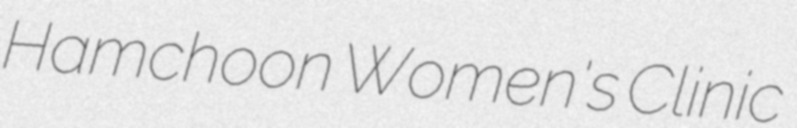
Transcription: Hamchoon Women's Clinic